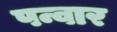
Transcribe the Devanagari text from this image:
पन्वार